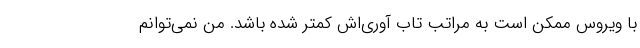
با ویروس ممکن است به مراتب تاب آوری‌اش کمتر شده باشد. من نمی‌توانم